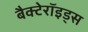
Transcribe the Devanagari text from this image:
बैक्टेरॉइड्स